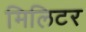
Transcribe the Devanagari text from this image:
मिलिटर